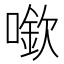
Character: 𠾬